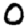
Digit: 0